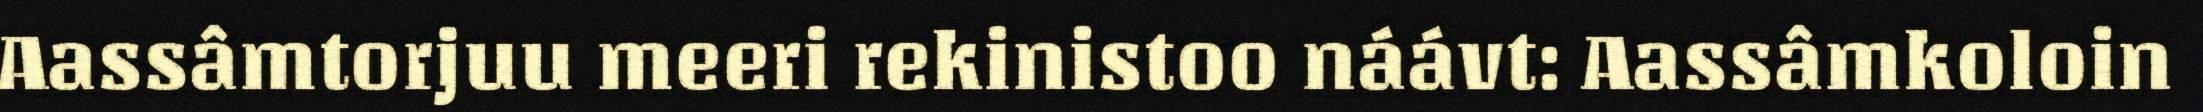
Aassâmtorjuu meeri rekinistoo náávt: Aassâmkoloin